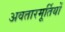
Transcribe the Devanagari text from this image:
अवतारमूर्तियों